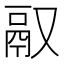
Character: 𬴲